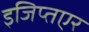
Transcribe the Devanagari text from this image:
इजिप्तएर